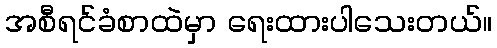
အစီရင်ခံစာထဲမှာ ရေးထားပါသေးတယ်။